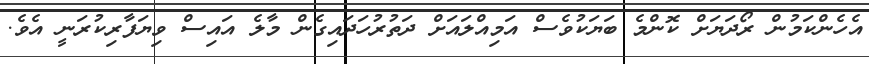
އެހެންކަމުން ރޯދަޔަށް ކޮންމެ ބަޔަކުވެސް އަމިއްލައަށް ދަތުރުހަދައިގެން މާލެ އައިސް ވިޔަފާރިކުރަނީ އެވެ.